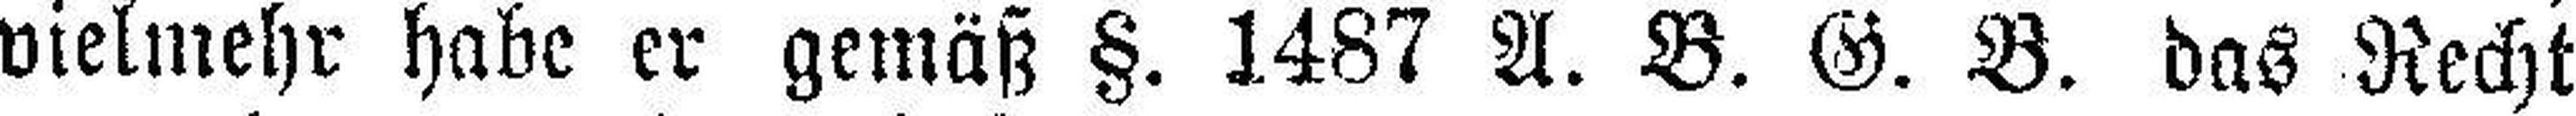
vielmehr habe er gemäß §. 1487 A. B. G. B. das Recht